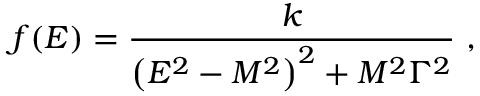
f ( E ) = { \frac { k } { \left( E ^ { 2 } - M ^ { 2 } \right) ^ { 2 } + M ^ { 2 } \Gamma ^ { 2 } } } ~ ,